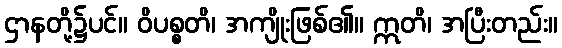
ဌာနတို့၌ပင်။ ဝိပစ္စတိ၊ အကျိုးဖြစ်၏။ ဣတိ၊ အပြီးတည်း။